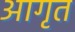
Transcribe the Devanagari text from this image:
आगृत